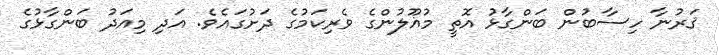
ޤަރުނާ ހިސާބުން ބަންގާޅު އޮތީ މުޣޫލުންގެ ވެރިކަމުގެ ދަށުގައެވެ. އަދި މިއަދު ބަންގާޅުގެ